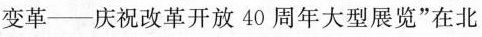
变革--庆祝改革开放40周年大型展览”在北